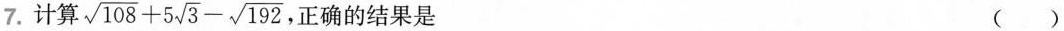
7.计算$$ \sqrt{108}+5 \sqrt{3}- \sqrt{192} $$正确的结果是 ( )